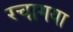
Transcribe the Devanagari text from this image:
रचागया